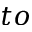
t o